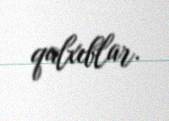
qalxıblar.